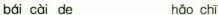
bái cài de hǎo chī